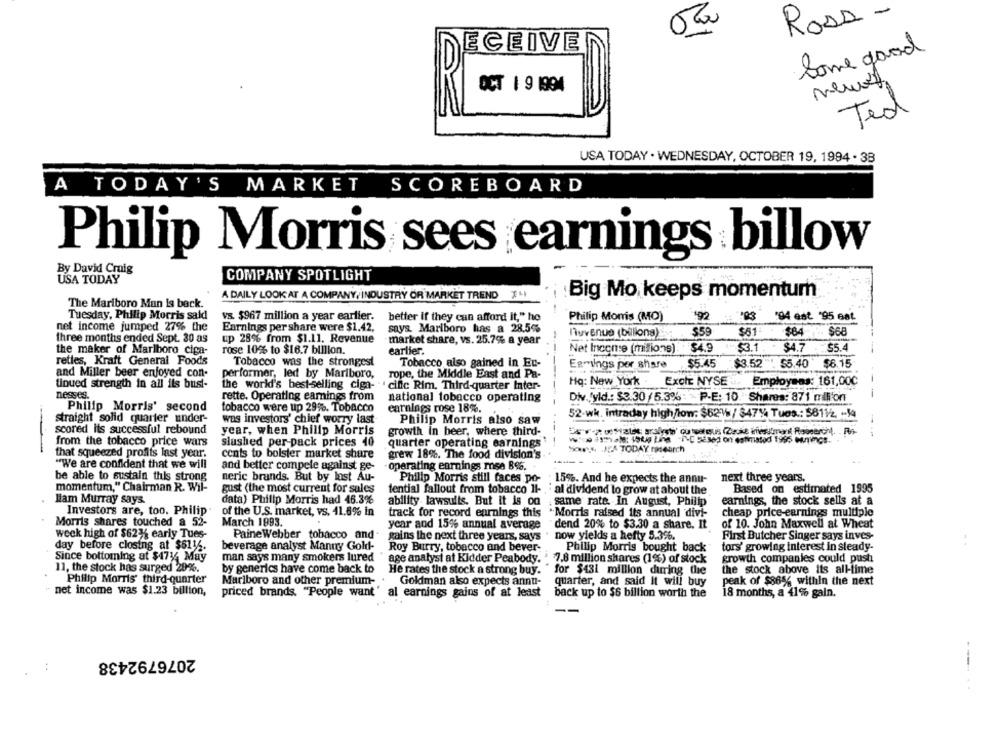
Rosa -
ECEIVE
Some good
0
OCT 1 9 1994
Ted
USA TODAY . WEDNESDAY, OCTOBER 19, 1994 - 38
A TODAY'S MARKET SCOREBOARD
Philip Morris sees earnings billow
By David Cruig
USA TODAY
COMPANY SPOTLIGHT
A DAILY LOOK AT A COMPANY, INDUSTRY OR MARKET TREND 74
Big Mo keeps momentum
The Marlboro Man is back.
Tuesday, Philip Morris sald
vs. $967 million a year earlier.
better if they can afford it," ho
Philip Morris (MO)
"94 est "95 est
net income jumped 27% the
Earnings per share were $1.42,
says. Marlboro has a 28.5%
$59
$61
$84 $68
$84
three months ended Sept. 30 as
up 28% from $1.11. Revenue
market share, vs. 25.7% a year
nuvenue (billiong)
Net Income (milions). $4.9
$3.1
$4.7
$5.4
the maker of Marlboro ciga-
rose 10% to $16.7 billion.
earlier.
retles, Kraft General Foods
Tobacco was the strongest
Tobacco also gained in En-
$5.45
$3.52 "" 55.40
$6.15
Earnings per share
and Miller beer enjoyed con-
performer, led by Marlboro,
rope, the Middle East and Pa-
tinued strength in all ils busi-
the world's best-selling ciga-
cific Rim, Third-quarter Inter-
Hq: New York Exole NYSE: Employees: 161,00℃
nesses.
rette. Operating earnings from
national tobacco operating
Div.(yld .: $3.30/5.3% P-E: 10 Shares: 871 million
Philip Morris' second
tobacco were up 29%. Tobacco
earnings rose 18%.
52-wh. intraday high/low: $621 / 347%4 Tues .: $8112, - 14
straight solid quarter under-
was investors' chief worry last
Philip Morris also saw
scored its successful rebound
year, when Philip Morris
growth In beer, where third-
from the tobacco price wars
slashed per-pack prices 40
quarter operating earnings
that squeezed profits last year.
bons JEA TODAY reurch
cents to bolster market share
grew 18%. The food division's
"We are confident that we will
and better compete against ge-
- operating earnings mose 8%.
be able to sustain this strong
neric brands. But by lost Au-
Philip Morris still faces po-
15%. And he expects the annu-
next three years.
momentum," Chairman R. Wil-
gust (the most current for sales
tential fallout from tobacco 11-
· al dividend to grow at about the
Based on estimated 1995
Ham Murray says.
data) Philip Morris had 46.3%
ability lawsuits. But it is on
same rate. In August, Philip
earnings, the stock sells at a
Investors are, too. Philip
of the U.S. market, vs. 41.8% in
"Morris raised its annual divi-
cheap price-earnings multiple
track for record earnings this
Morris shares touched a 52-
March 1993.
year and 15% annual average
dend 20% to $3.30 a share. It
of 10. John Maxwell at Wheat
week high of $62% early Tues-
PaineWebber tobacco and-
gains the next three years, says
now yields a hefty 5.3%.
First Butcher Singer says inves-
day before closing at $6116.
beverage analyst Manny Gold-
Roy Burry, tobacco and bever-
Philip Morris bought back
tors' growing interest in steady-
Since bottoming at $4714 May
man says many smokers lured
age analyst at Kidder Peabody.
7.8 million shares (1%) of stock
growth companies could push
11, the stock has surged 29%.
by generics have come back to
He rates the stock a strong buy.
for $431 million during the
the stock above its all-time
Philip Morris' third-quarter
Marlboro and other premium-
Goldman also expects annui-
quarter, and said It will buy
peak of $86% within the next
net income was $1.23 billion,
priced brands. "People want'
al earnings gains of at least
back up to $6 billion worth the
18 months, a 41% gain.
2076792438